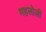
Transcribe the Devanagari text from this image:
महलोली